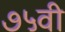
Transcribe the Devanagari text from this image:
७५वी